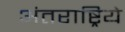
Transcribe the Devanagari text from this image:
अंतराष्ट्रिये